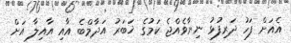
އެއަށް ފަހު ދަރިފުޅު ނިޔާވެއްޖެ ކަމުގެ ޚަބަރު އަދާމްބެ އާއި އާއިލާ އަށް